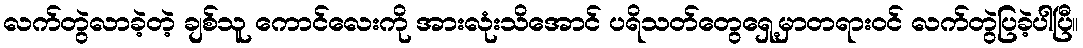
လက်တွဲလာခဲ့တဲ့ ချစ်သူ ကောင်လေးကို အားလုံးသိအောင် ပရိသတ်တွေရှေ့မှာတရားဝင် လက်တွဲပြခဲ့ပါပြီ။